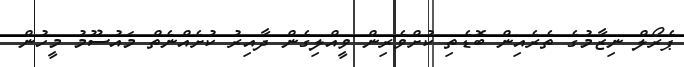
ޕެރޯލް ނިޒާމުގެ ތެރެއިން ބޮޑެތި ކުށްވެރިން ވީއްލިގެން ދާއިރު ކުށެއްނެތް މައުސޫމު މީހުން